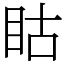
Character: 䀦